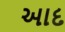
આદ